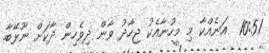
10:51  އަނެއްކާ މި މީހުނާއެކު ޖިހާދު ވާން ދިވެހިން ދާކަށް ނޫޅޭބާ.